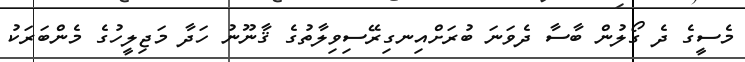
މެސީގެ ދެ ގޯލުން ބާސާ ދެވަނަ ބުރަށްއިނގިރޭސިވިލާތުގެ ޤާނޫނު ހަދާ މަޖިލީހުގެ މެންބަރަކު